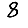
Digit: 8